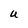
Character: U